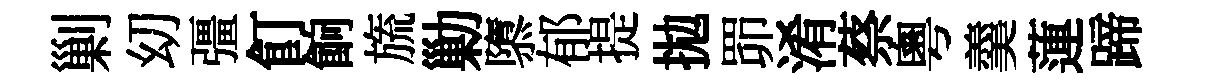
剿㓜彊飣餉旒勦隳郁提拋𦊑淆蔡粵羹蓮蹄